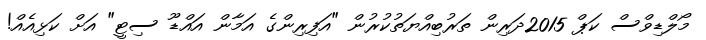
މޯލްޑިވްސް ކަޕް 2015ދަރިން ތަރުބިއްޔަތުކުރުން "އަފިރިންގެ އަމާން އައްޑޫ ސިޓީ" އަށް ކަޅިއެއް!